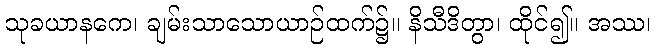
သုခယာနကေ၊ ချမ်းသာသောယာဉ်ထက်၌။ နိသီဒိတွာ၊ ထိုင်၍။ အဿ၊